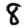
Digit: 8